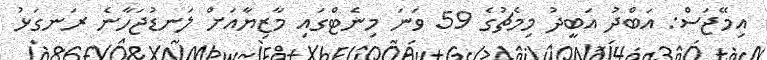
އިމޭޖަސް: އަބްދު އަބީދު މިމެޗުގެ 59 ވަނަ މިނެޓްގައި މާޒިޔާއަށް ލަނޑުޖަހާނެ ރަނގަޅު